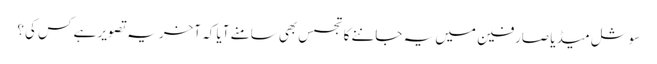
سوشل میڈیا صارفین میں یہ جاننے کا تجسس بھی سامنے آیا کہ آخر یہ تصویر ہے کس کی؟